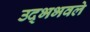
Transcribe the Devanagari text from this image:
उद्भभवले